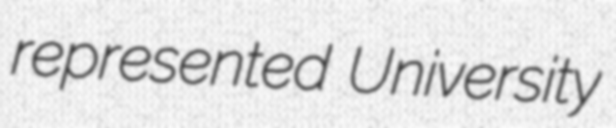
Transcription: represented University